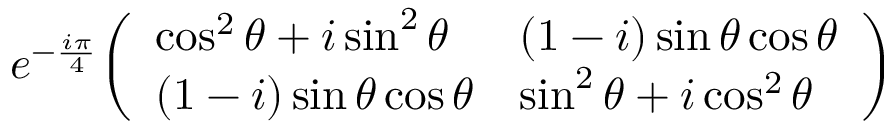
e ^ { - { \frac { i \pi } { 4 } } } { \left( \begin{array} { l l } { \cos ^ { 2 } \theta + i \sin ^ { 2 } \theta } & { ( 1 - i ) \sin \theta \cos \theta } \\ { ( 1 - i ) \sin \theta \cos \theta } & { \sin ^ { 2 } \theta + i \cos ^ { 2 } \theta } \end{array} \right) }